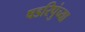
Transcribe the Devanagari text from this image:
षडरिपुंच्या